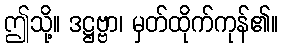
ဤသို့။ ဒဋ္ဌဗ္ဗာ၊ မှတ်ထိုက်ကုန်၏။